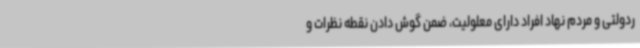
ردولتی و مردم نهاد افراد دارای معلولیت، ضمن گوش دادن نقطه نظرات و